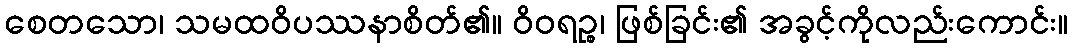
စေတသော၊ သမထဝိပဿနာစိတ်၏။ ဝိဝရဉ္စ၊ ဖြစ်ခြင်း၏ အခွင့်ကိုလည်းကောင်း။